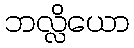
ဘလ္လိယော